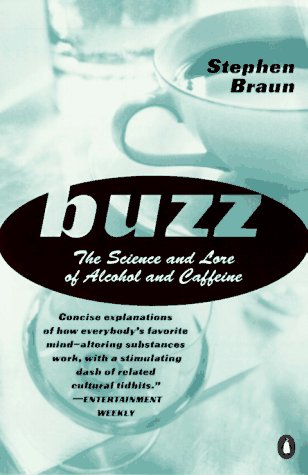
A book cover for Buzz: The Science and Lore of Alcohol and Caffeine; Stephen R. Braun; Health, Fitness & Dieting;